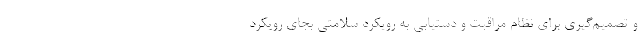
و تصمیم‌گیری برای نظام مراقبت و دستیابی به رویکرد سلامتی بجای رویکرد